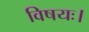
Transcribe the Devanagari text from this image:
विषयः।